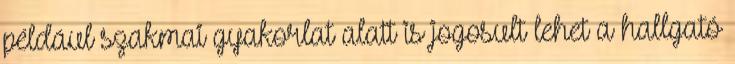
például szakmai gyakorlat alatt is jogosult lehet a hallgató